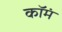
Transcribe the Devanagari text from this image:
कॉमं